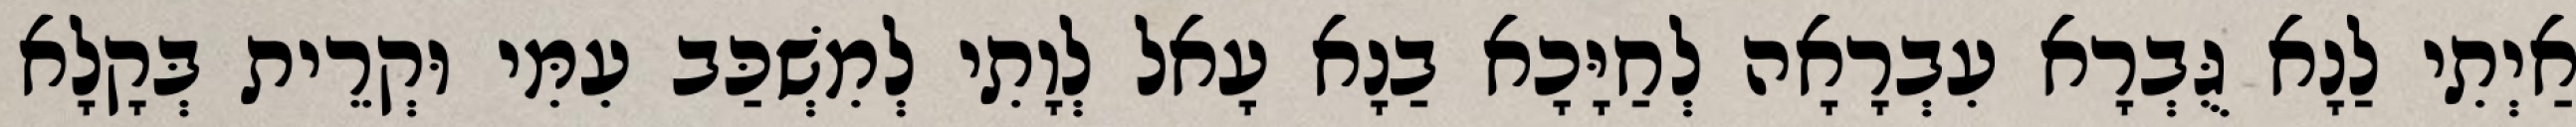
אַיְתִי לַנָא גֻּבְרָא עִבְרָאָה לְחַיָּכָא בַנָא עָאל לְוָתִי לְמִשְׁכַּב עִמִּי וּקְרֵית בְּקָלָא